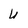
Character: u